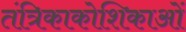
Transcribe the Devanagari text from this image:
तंत्रिकाकोशिकाओं